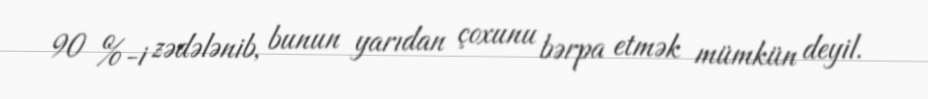
90 %-i zədələnib, bunun yarıdan çoxunu bərpa etmək mümkün deyil.